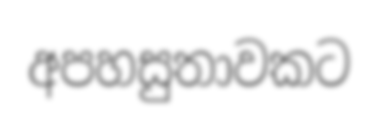
අපහසුතාවකට